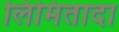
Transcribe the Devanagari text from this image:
लिमितादा